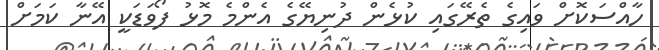
ހާއްސަކޮށް ވައިގެ ތެރޭގައި ކުޅެން ދުނިޔޭގެ އެންމެ މޮޅު ފޯވަޑަކީ އޭނާ ކަމަށް